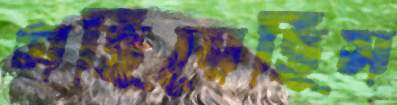
গছিয়েছিস